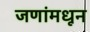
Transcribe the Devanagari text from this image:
जणांमधून